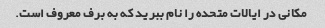
مکانی در ایالات متحده را نام ببرید که به برف معروف است.